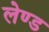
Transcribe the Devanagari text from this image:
लेण्ड